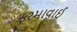
ફરમાવાઈ